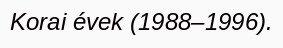
Korai évek (1988–1996).